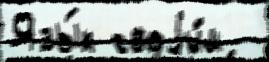
Язы́к своjи́м